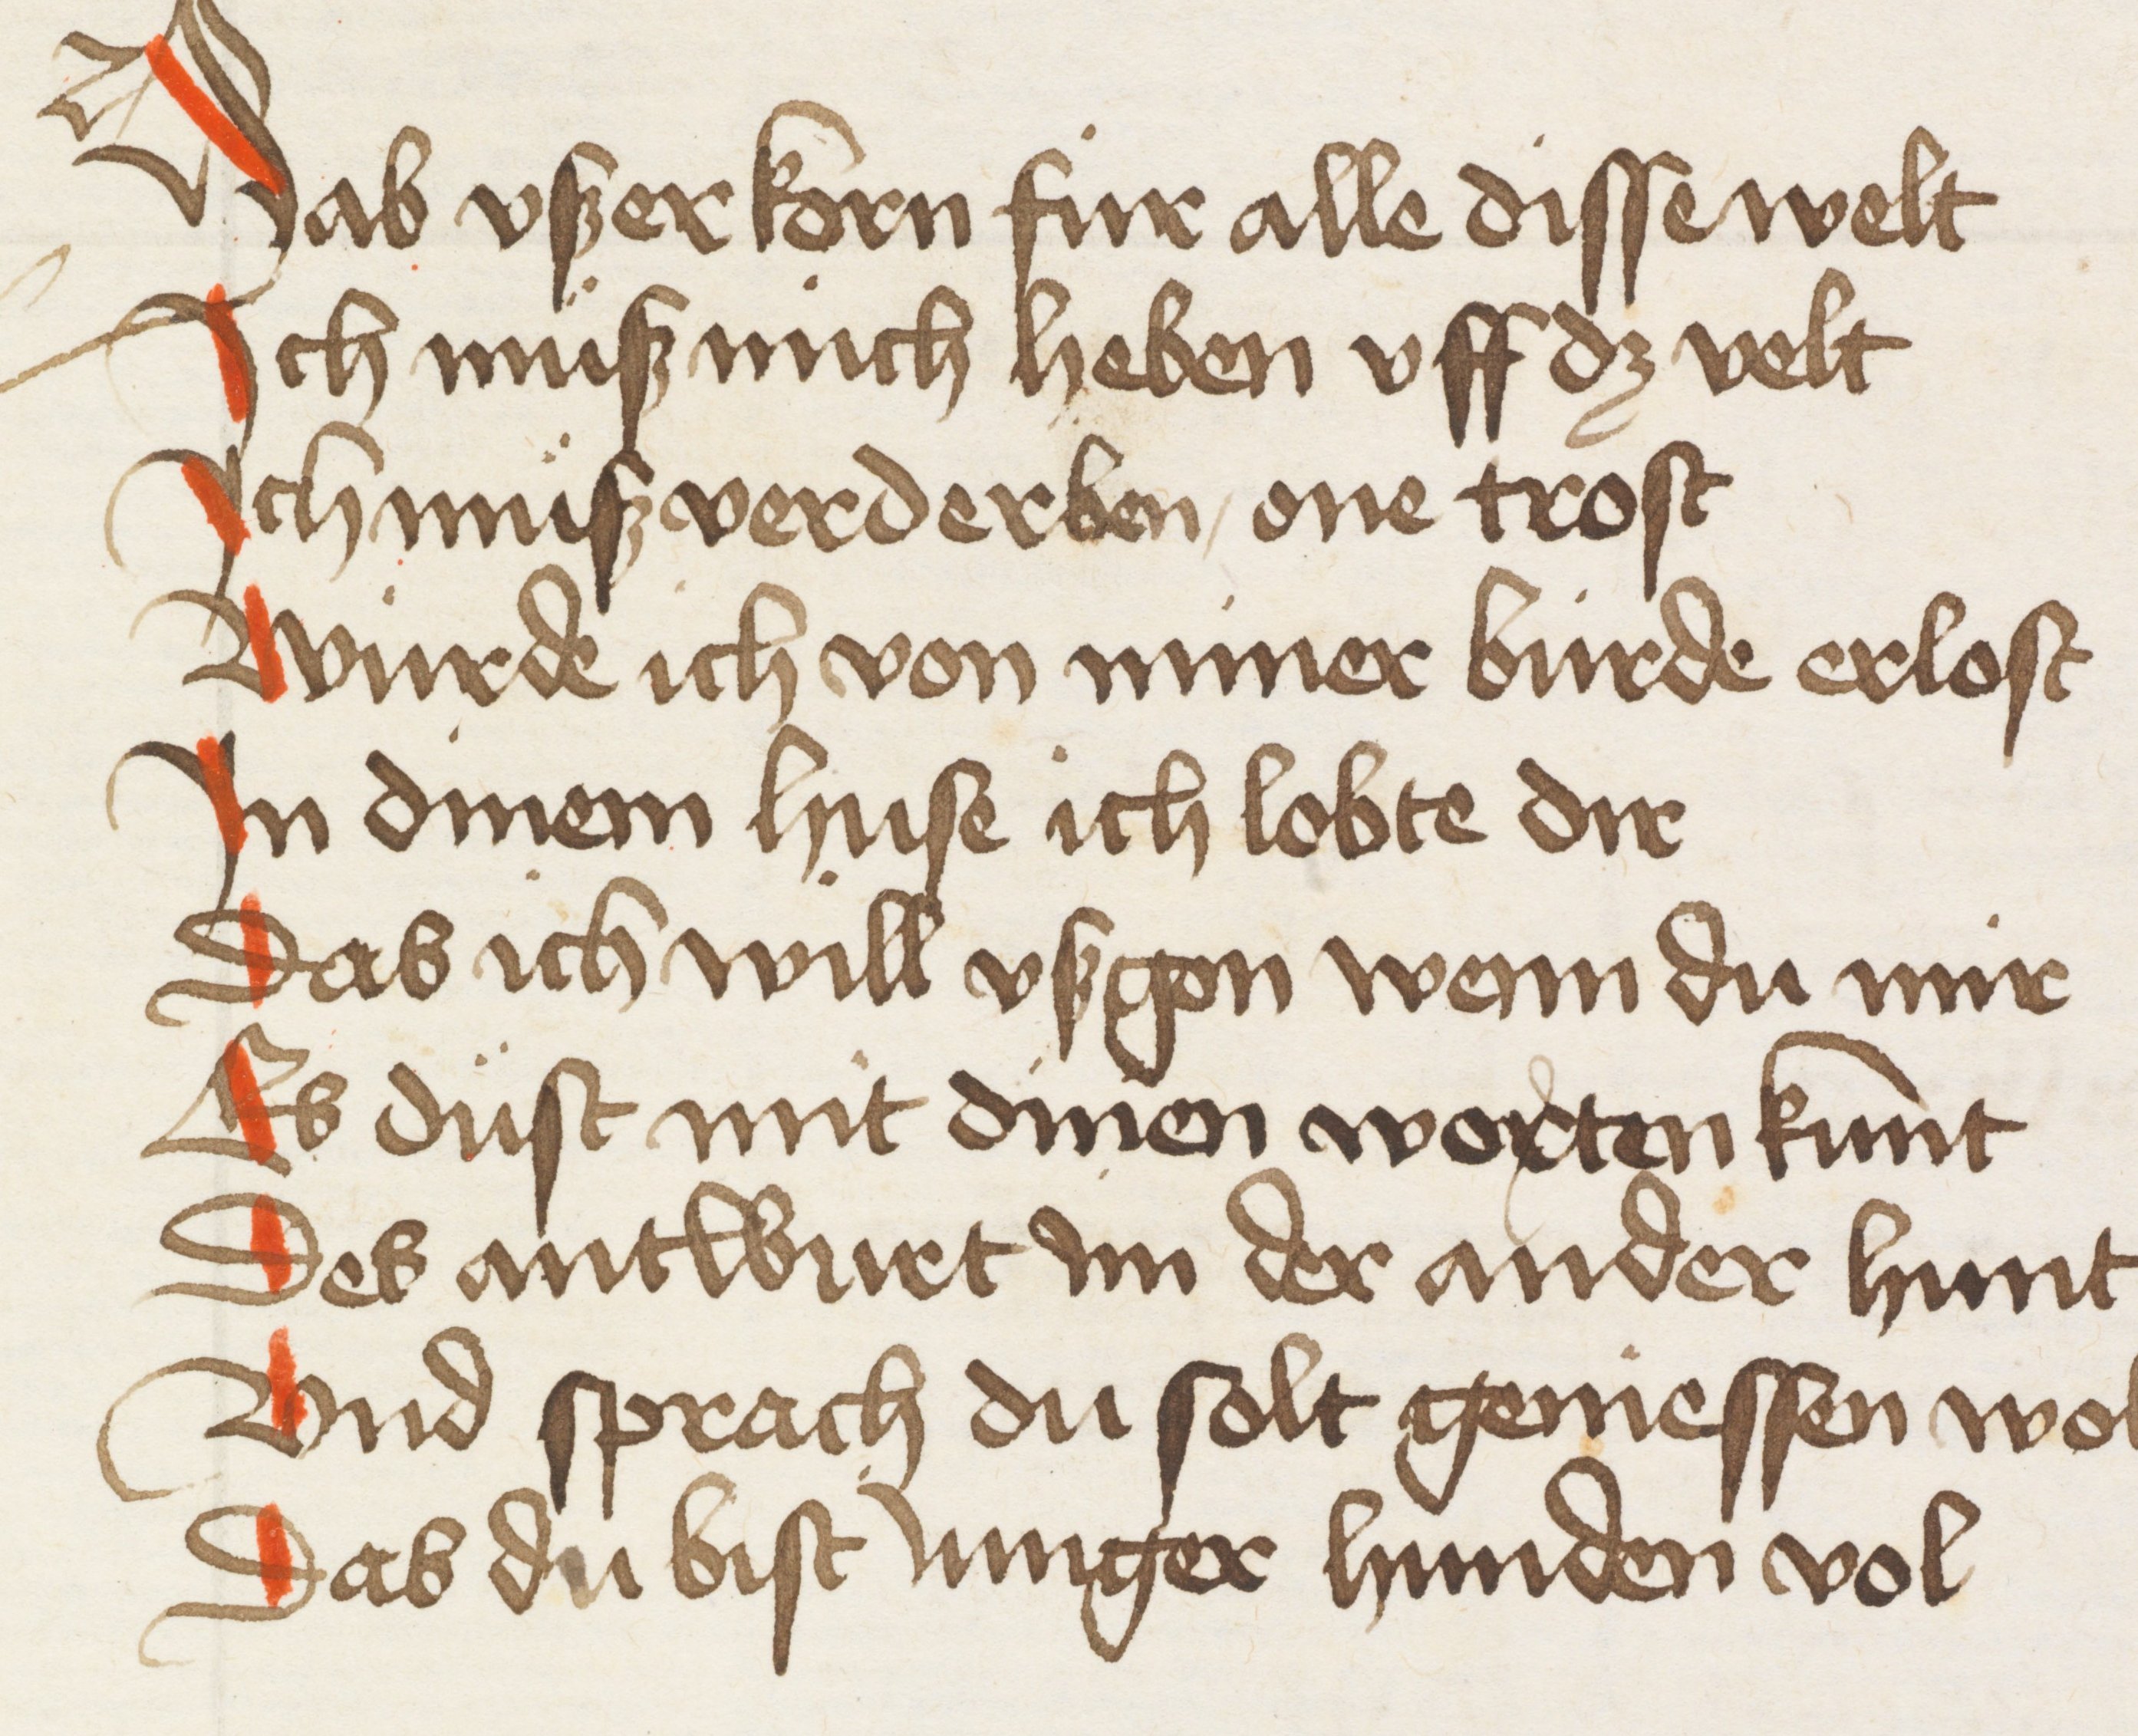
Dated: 1440–1475